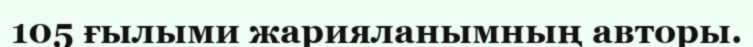
105 ғылыми жарияланымның авторы.